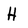
Character: H